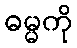
ဓမ္မကို